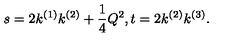
s = 2 k ^ { ( 1 ) } k ^ { ( 2 ) } + \frac { 1 } { 4 } Q ^ { 2 } , t = 2 k ^ { ( 2 ) } k ^ { ( 3 ) } .